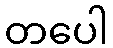
တပေါ